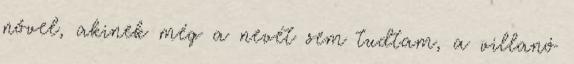
nővel, akinek még a nevét sem tudtam, a villanó